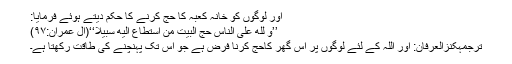
اور لوگوں کو خانہ کعبہ کا حج کرنے کا حکم دیتے ہوئے فرمایا:
’’وَ لِلّٰهِ عَلَى النَّاسِ حِجُّ الْبَیْتِ مَنِ اسْتَطَاعَ اِلَیْهِ سَبِیْلًا‘‘(ال عمران:۹۷)
ترجمۂکنزُالعِرفان: اور اللّٰہ کے لئے لوگوں پر اس گھر کاحج کرنا فرض ہے جو اس تک پہنچنے کی طاقت رکھتا ہے۔